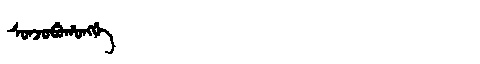
Manchu: ᠰᠣᠨᠵᠣᠪᡠᡥᠣᠩᡤᡝ
Romanization: SONJOBUHONGGE